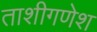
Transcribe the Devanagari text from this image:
ताशीगणेश